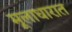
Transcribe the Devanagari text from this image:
मूलाधारात